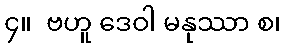
၄။  ဗဟူ ဒေဝါ မနုဿာ စ၊